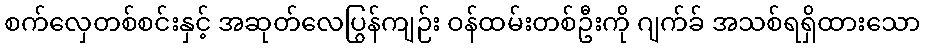
စက်လှေတစ်စင်းနှင့် အဆုတ်လေပြွန်ကျဉ်း ဝန်ထမ်းတစ်ဦးကို ဂျက်ခ် အသစ်ရရှိထားသော